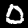
Label: 0